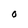
Character: O